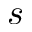
\boldsymbol { s }